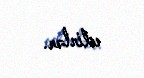
edirlər.